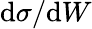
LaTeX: \mathrm{d}\sigma/\mathrm{d}W